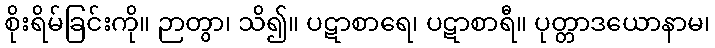
စိုးရိမ်ခြင်းကို။ ဉာတွာ၊ သိ၍။ ပဋာစာရေ၊ ပဋာစာရီ။ ပုတ္တာဒယောနာမ၊